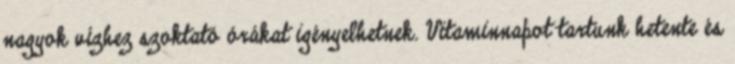
nagyok vízhez szoktató órákat igényelhetnek. Vitaminnapot tartunk hetente és